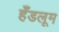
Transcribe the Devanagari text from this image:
हँडलूम